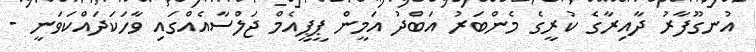
އުނގޫފާރު ދާއިރާގެ ކުރީގެ މެންބަރު އަބްދު އަމީން ޕީޕީއެމް ޖަލްސާއެއްގައި ވާހަކަދައްކަވަނީ -